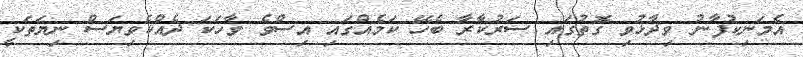
އެމަނިކުފާނު ވިދާޅުވި ގޮތުގައި ސަރުކާރާ ބެހޭ ކަމެއްގައި އިސްވެ ވާހަކަ ދެއްކެވިޔަސް ނިޔަތަކީ